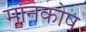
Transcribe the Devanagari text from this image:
मानकोष